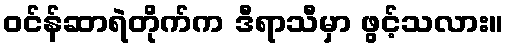
ဝင်န်ဆာရဲတိုက်က ဒီရာသီမှာ ဖွင့်သလား။